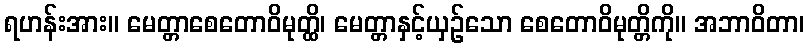
ရဟန်းအား။ မေတ္တာစေတောဝိမုတ္ထိ၊ မေတ္တာနှင့်ယှဉ်သော စေတောဝိမုတ္တိကို။ အဘာဝိတာ၊